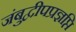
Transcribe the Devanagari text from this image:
जंबुद्वीपप्रज्ञप्ति